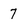
Character: 7